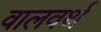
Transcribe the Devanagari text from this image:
वालवर्थ